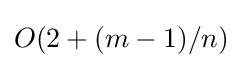
O(2+(m-1)/n)